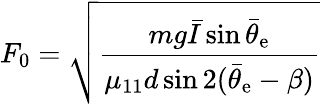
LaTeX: F_{0}=\sqrt{\frac{mg\bar{I}\sin\bar{\theta}_{\mathrm{e}}}{\mu_{11}d\sin 2(\bar{\theta}_{\mathrm{e}}-\beta)}}